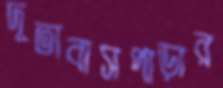
দূতাবাসপাড়ার